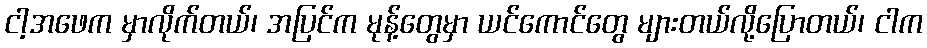
ငါ့အဖေက မှာလိုက်တယ်၊ အပြင်က မုန့်တွေမှာ ယင်ကောင်တွေ များတယ်လို့ပြောတယ်၊ ငါက